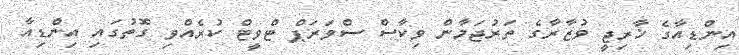
އިންޑިއާގެ ޚާރިޖީ ވުޒާރާގެ ތަރުޖަމާން ވިކާސް ސްވަރަޕް ޓްވީޓް ކުރެއްވި ގޮތުގައި އިންޑިއާ